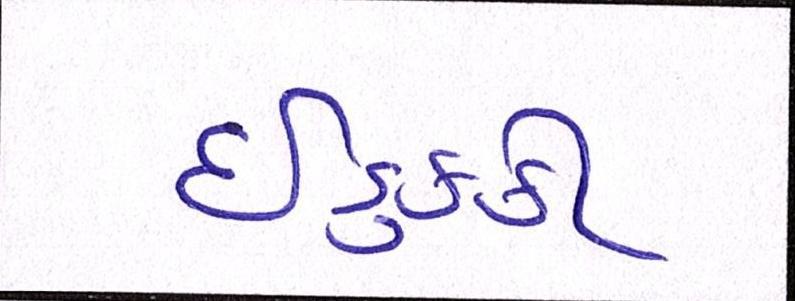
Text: ઈડુક્કી